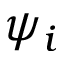
\psi _ { i }